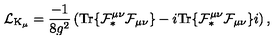
{ \cal L } _ { \mathrm { K } _ { \mu } } = \frac { - 1 } { 8 g ^ { 2 } } \left( \mathrm { T r } \{ { \cal F } _ { \ast } ^ { \mu \nu } { \cal F } _ { \mu \nu } \} - i \mathrm { T r } \{ { \cal F } _ { \ast } ^ { \mu \nu } { \cal F } _ { \mu \nu } \} i \right) ,